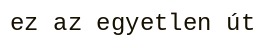
ez az egyetlen út